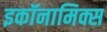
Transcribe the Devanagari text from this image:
इकॉनामिक्स